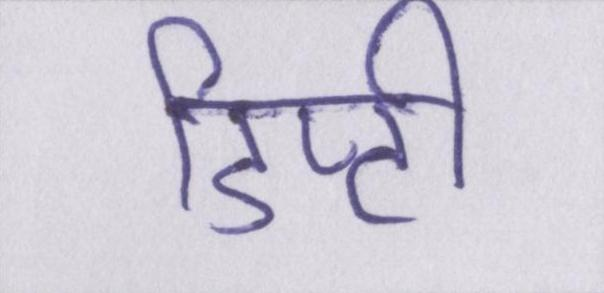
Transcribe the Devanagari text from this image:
डिप्टी